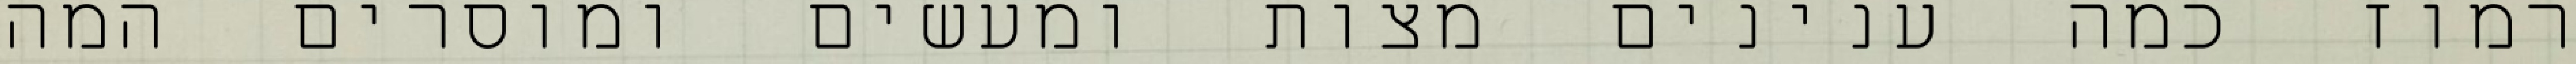
רמוז כמה ענינים מצות ומעשים ומוסרים המה